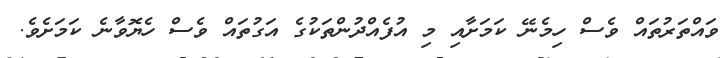
ވައްތަރުތައް ވެސް ހިމެނޭ ކަމަށާއި މި އުފެއްދުންތަކުގެ އަގުތައް ވެސް ހެޔޮވާނެ ކަމަށެވެ.